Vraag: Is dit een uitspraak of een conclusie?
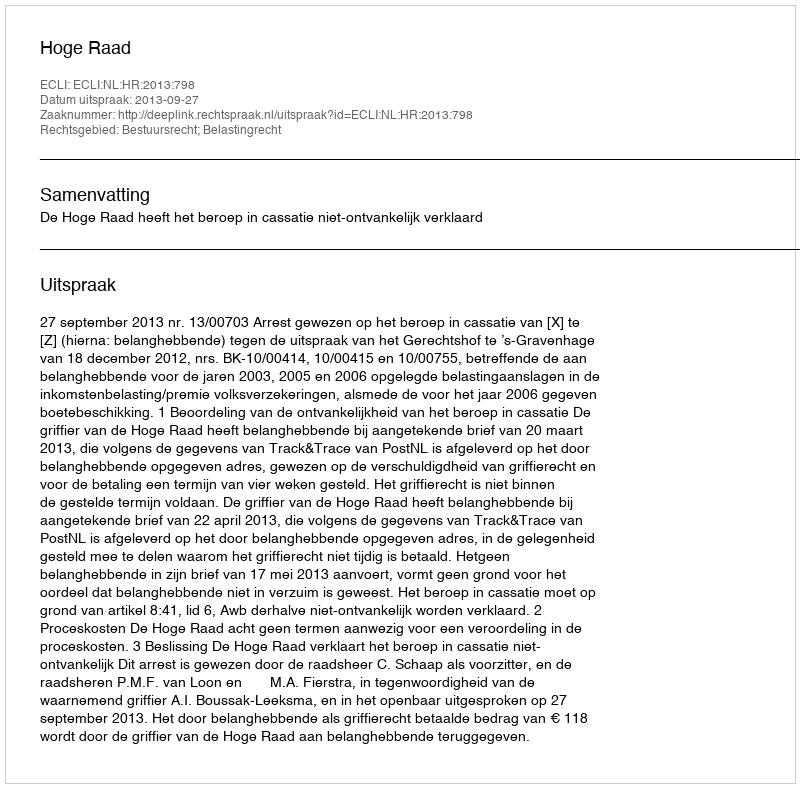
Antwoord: Uitspraak